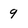
Character: 9